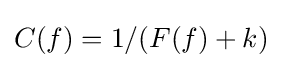
C(f)=1/(F(f)+k)